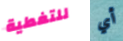
للتغطية أي